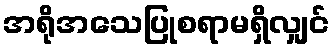
အရိုအသေပြုစရာမရှိလျှင်